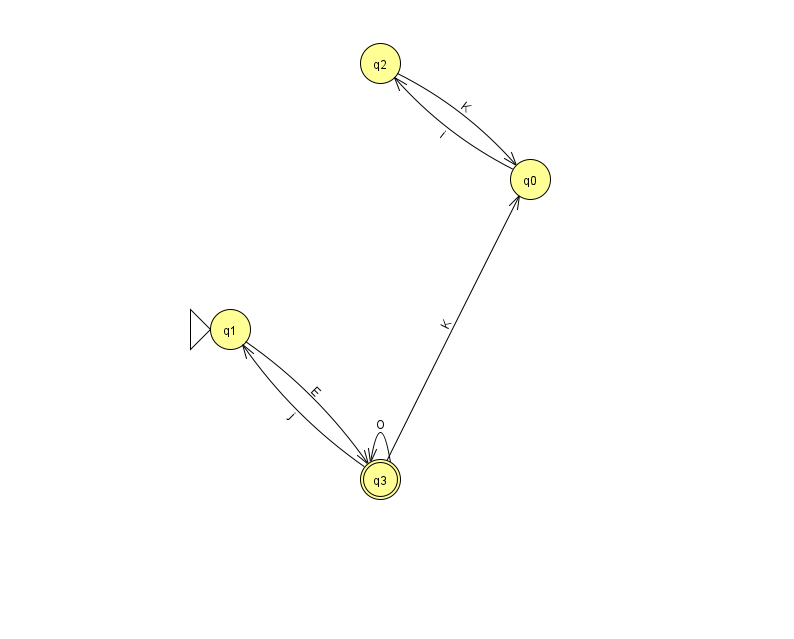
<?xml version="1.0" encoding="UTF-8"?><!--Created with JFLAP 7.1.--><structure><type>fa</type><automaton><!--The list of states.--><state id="0" name="q0"><x>530.0</x><y>166.0</y></state><state id="1" name="q1"><x>230.0</x><y>316.0</y><initial/></state><state id="2" name="q2"><x>380.0</x><y>50.0</y></state><state id="3" name="q3"><x>380.0</x><y>466.0</y><final/></state><!--The list of transitions.--><transition><from>3</from><to>1</to><read>j</read></transition><transition><from>0</from><to>2</to><read>i</read></transition><transition><from>2</from><to>0</to><read>K</read></transition><transition><from>3</from><to>0</to><read>K</read></transition><transition><from>1</from><to>3</to><read>E</read></transition><transition><from>3</from><to>3</to><read>O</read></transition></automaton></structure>